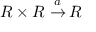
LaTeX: R \times R \; { \stackrel { a } { \to } } \, R